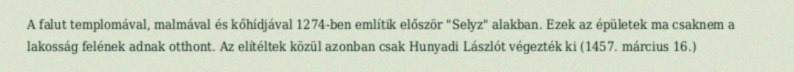
A falut templomával, malmával és kőhídjával 1274-ben említik először "Selyz" alakban. Ezek az épületek ma csaknem a lakosság felének adnak otthont. Az elítéltek közül azonban csak Hunyadi Lászlót végezték ki (1457. március 16.)